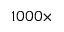
1 0 0 0 \times